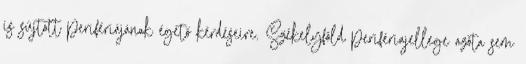
is sújtott perifériájának égető kérdéseire. Székelyföld perifériajellege azóta sem